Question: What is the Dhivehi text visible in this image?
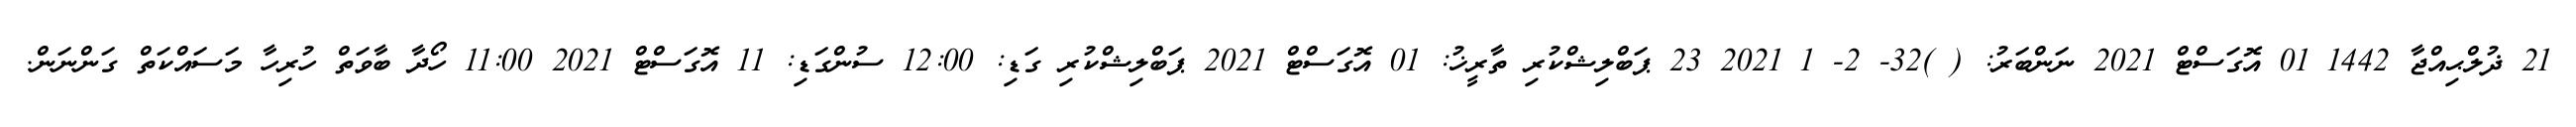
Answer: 21 ޛުލްޙިއްޖާ 1442 01 އޮގަސްޓް 2021 ނަންބަރު: ( )32- 2- 1 2021 23 ޕަބްލިޝްކުރި ތާރީޚު: 01 އޮގަސްޓް 2021 ޕަބްލިޝްކުރި ގަޑި: 12:00 ސުންގަޑި: 11 އޮގަސްޓް 2021 11:00 ހޯދާ ބާވަތް ހުރިހާ މަސައްކަތް ގަންނަން.